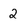
Character: 2